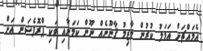
އެމައްޗަށް އަމަލު ކުރުން ލާޒިމު ޤާނޫނެއް ނޫން ކަމަށާއި ވަކި ޕްރޮފެޝަން އަށް